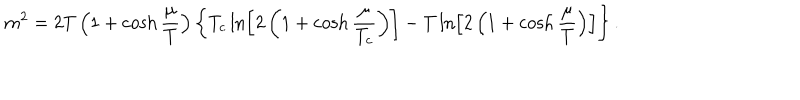
m ^ { 2 } = 2 T \left( 1 + \cosh \frac { \mu } { T } \right) \left\{ T _ { c } \ln \left[ 2 \left( 1 + \cosh \frac { \mu } { T _ { c } } \right) \right] - T \ln \left[ 2 \left( 1 + \cosh \frac { \mu } { T } \right) \right] \right\} .